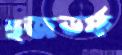
হুজডর্ফ